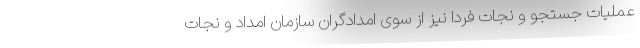
عملیات جستجو و نجات فردا نیز از سوی امدادگران سازمان امداد و نجات